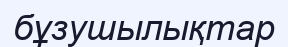
бұзушылықтар